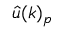
\hat { u } ( k ) _ { p }